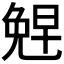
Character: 𪞂